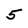
Character: 5